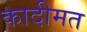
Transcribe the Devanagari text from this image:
कादीमत